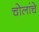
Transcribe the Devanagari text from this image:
चोलांचे